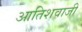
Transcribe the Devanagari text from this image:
आतिशवाजी